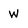
Character: w